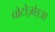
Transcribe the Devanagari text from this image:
प्रोटोज़ोइआ